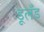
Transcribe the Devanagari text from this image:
डूलँड